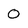
Character: 0